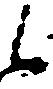
候